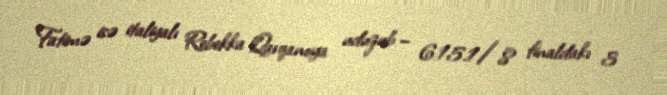
Fatimə isə italiyalı Rebekka Qarqanoya uduzub – 6:15.1/8 finaldakı 3